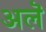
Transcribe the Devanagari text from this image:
अलॆ